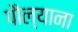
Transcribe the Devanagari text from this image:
पौल्याना